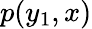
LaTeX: p(y_{1},x)